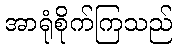
အာရုံစိုက်ကြသည်